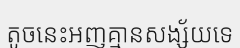
តូចនេះអញគ្មានសង្ស័យទេ